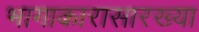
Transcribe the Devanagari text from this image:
भागाकारासारख्या